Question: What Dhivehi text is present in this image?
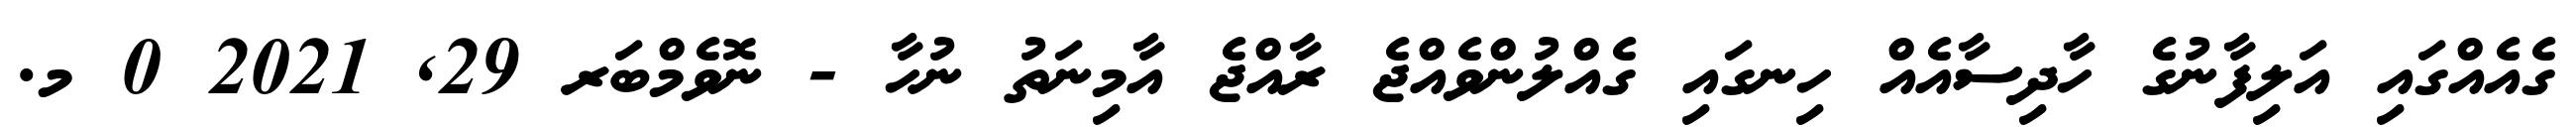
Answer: ގެއެއްގައި އަލިފާނުގެ ހާދިސާއެއް ހިނގައި ގެއްލުންވެއްޖެ ރާއްޖެ އާމިނަތު ނުހާ - ނޮވެމްބަރ 29, 2021 0 މ.